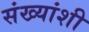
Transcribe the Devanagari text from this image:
संख्यांशी